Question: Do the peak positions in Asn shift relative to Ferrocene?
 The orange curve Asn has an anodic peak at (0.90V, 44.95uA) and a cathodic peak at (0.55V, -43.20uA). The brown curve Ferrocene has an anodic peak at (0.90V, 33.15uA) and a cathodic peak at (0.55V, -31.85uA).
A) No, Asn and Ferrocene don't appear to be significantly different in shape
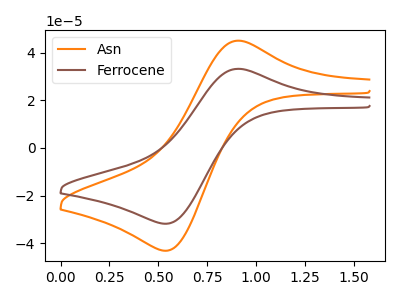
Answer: <think>All the peaks in "Asn" have a peak in "Ferrocene" at the same potential. Every peak in "Asn" is higher than every peak in "Ferrocene".
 </think>
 <answer>A) No, "Asn" and "Ferrocene" don't appear to be significantly different in shape</answer>
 <eval>A</eval>